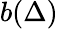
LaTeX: b(\Delta)